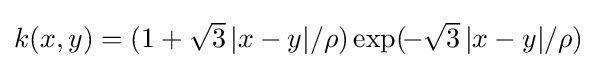
\textstyle k(x,y)=(1+{\sqrt {3}}\,|x-y|/\rho )\exp(\!-{\sqrt {3}}\,|x-y|/\rho )